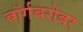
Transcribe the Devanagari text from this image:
बॉर्गबरोबर